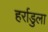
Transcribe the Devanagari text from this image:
हर्राडुला